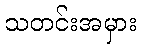
သတင်းအမှား